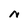
Character: n